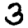
Digit: 3